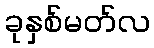
ခုနှစ်မတ်လ